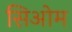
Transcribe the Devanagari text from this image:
सिओम